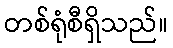
တစ်ရုံစီရှိသည်။